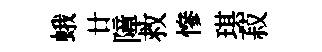
蛾廿障救慘琪菽